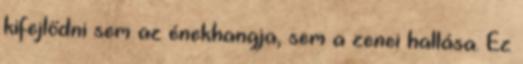
kifejlődni sem az énekhangja, sem a zenei hallása. Ez